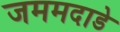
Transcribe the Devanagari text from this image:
जममदाडे